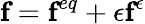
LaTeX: \textbf{f}=\textbf{f}^{eq}+\epsilon\textbf{f}^{\epsilon}